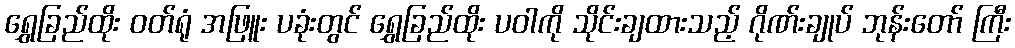
ရွှေခြည်ထိုး ဝတ်ရုံ အဖြူး ပခုံးတွင် ရွှေခြည်ထိုး ပဝါကို သိုင်းချထားသည့် ဂိုဏ်းချုပ် ဘုန်းတော် ကြီး